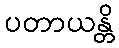
ပတာယန္တိ